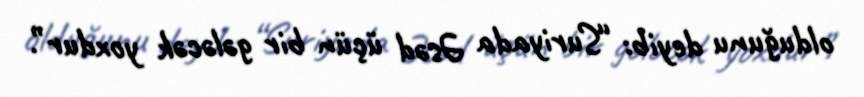
olduğunu deyib: “Suriyada Əsəd üçün bir gələcək yoxdur”.